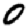
Digit: 0